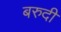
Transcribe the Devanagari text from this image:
बरुदी